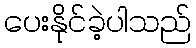
ပေးနိုင်ခဲ့ပါသည်